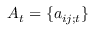
A _ { t } = \{ a _ { i j ; t } \}